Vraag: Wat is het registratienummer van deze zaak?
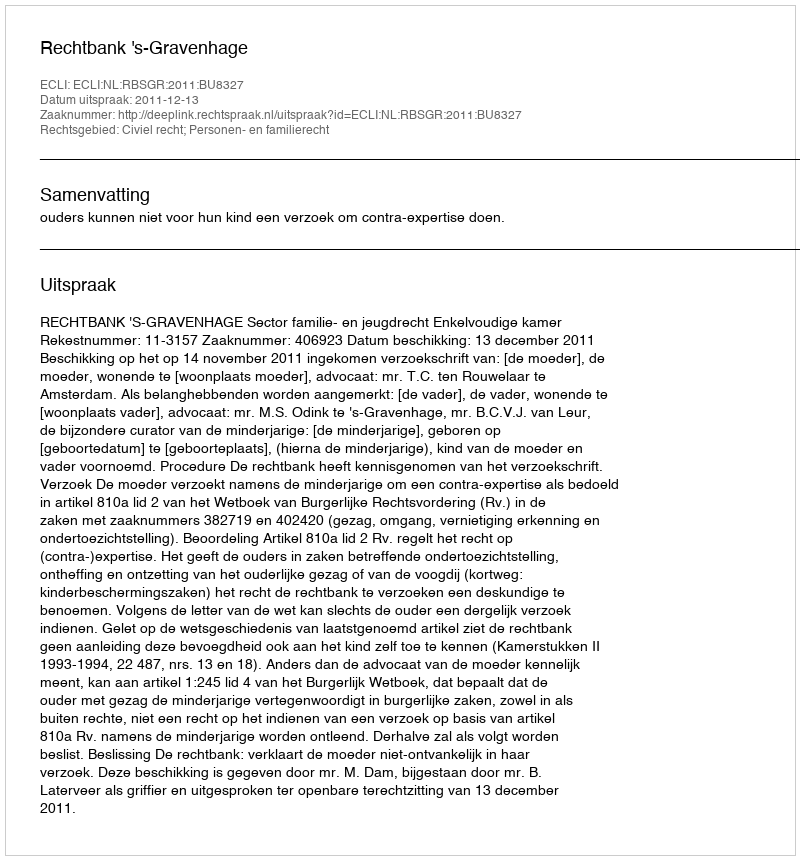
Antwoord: http://deeplink.rechtspraak.nl/uitspraak?id=ECLI:NL:RBSGR:2011:BU8327